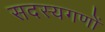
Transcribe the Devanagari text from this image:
सदस्यगणों